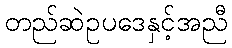
တည်ဆဲဥပဒေနှင့်အညီ